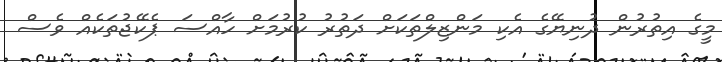
މީގެ އިތުރުން ދުނިޔޭގެ އެކި މަންޒިލްތަކަށް ދަތުރު ކުރުމަށް ހާއްސަ ޕެކޭޖުތަކެއް ވެސް